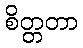
စိတ္တတာ